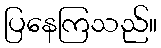
ပြနေကြသည်။